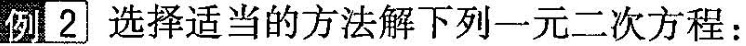
例2 选择适当的方法解下列一元二次方程：